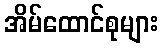
အိမ်ထောင်စုများ